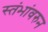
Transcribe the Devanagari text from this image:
स्तंभांवरुन